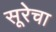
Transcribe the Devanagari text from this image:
सूरेचा